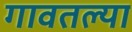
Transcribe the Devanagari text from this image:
गावतल्या